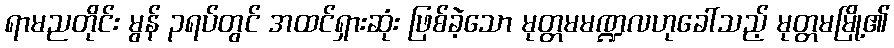
ရာမညတိုင်း မွန် ၃ရပ်တွင် အထင်ရှားဆုံး ဖြစ်ခဲ့သော မုတ္တမမဏ္ဍလဟုခေါ်သည့် မုတ္တမမြို့၏